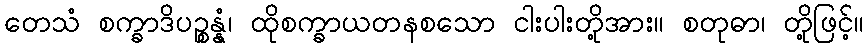
တေသံ စက္ခာဒိပဉ္စန္နံ၊ ထိုစက္ခာယတနစသော ငါးပါးတို့အား။ စတုဓာ၊ တို့ဖြင့်။